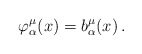
\begin{align*}\varphi^{\mu}_{\alpha}(x)=b^{\mu}_{\alpha}(x)\,.\end{align*}